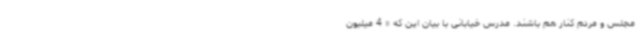
مجلس و مردم کنار هم باشند. مدرس خیابانی با بیان این که « 4 میلیون